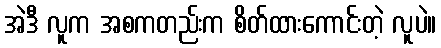
အဲဒီ လူက အစကတည်းက စိတ်ထားကောင်းတဲ့ လူပဲ။